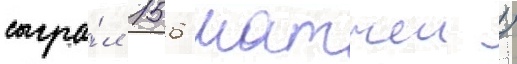
сыгра́л 156 матчеи /